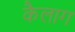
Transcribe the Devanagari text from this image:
कैलाग